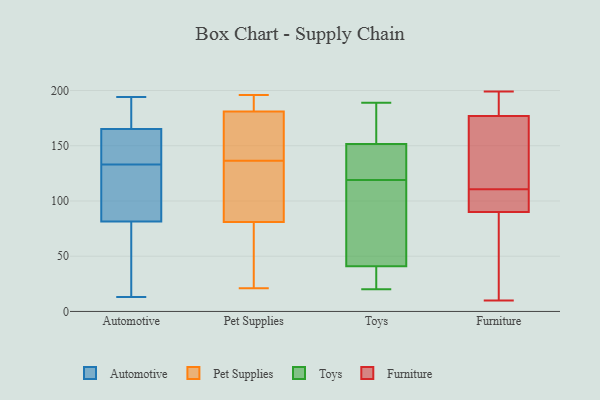
{"axis": {"x": "Production Output", "y": "Value"}, "legend": ["Automotive", "Furniture", "Pet Supplies", "Toys"], "data": [{"x": "", "y": 164, "type": "Automotive"}, {"x": "", "y": 132, "type": "Automotive"}, {"x": "", "y": 169, "type": "Automotive"}, {"x": "", "y": 13, "type": "Automotive"}, {"x": "", "y": 118, "type": "Automotive"}, {"x": "", "y": 138, "type": "Automotive"}, {"x": "", "y": 147, "type": "Automotive"}, {"x": "", "y": 21, "type": "Automotive"}, {"x": "", "y": 96, "type": "Automotive"}, {"x": "", "y": 133, "type": "Automotive"}, {"x": "", "y": 194, "type": "Automotive"}, {"x": "", "y": 190, "type": "Automotive"}, {"x": "", "y": 38, "type": "Automotive"}, {"x": "", "y": 81, "type": "Pet Supplies"}, {"x": "", "y": 114, "type": "Pet Supplies"}, {"x": "", "y": 196, "type": "Pet Supplies"}, {"x": "", "y": 57, "type": "Pet Supplies"}, {"x": "", "y": 21, "type": "Pet Supplies"}, {"x": "", "y": 186, "type": "Pet Supplies"}, {"x": "", "y": 103, "type": "Pet Supplies"}, {"x": "", "y": 138, "type": "Pet Supplies"}, {"x": "", "y": 50, "type": "Pet Supplies"}, {"x": "", "y": 135, "type": "Pet Supplies"}, {"x": "", "y": 187, "type": "Pet Supplies"}, {"x": "", "y": 181, "type": "Pet Supplies"}, {"x": "", "y": 172, "type": "Pet Supplies"}, {"x": "", "y": 155, "type": "Pet Supplies"}, {"x": "", "y": 148, "type": "Toys"}, {"x": "", "y": 164, "type": "Toys"}, {"x": "", "y": 165, "type": "Toys"}, {"x": "", "y": 124, "type": "Toys"}, {"x": "", "y": 48, "type": "Toys"}, {"x": "", "y": 42, "type": "Toys"}, {"x": "", "y": 155, "type": "Toys"}, {"x": "", "y": 40, "type": "Toys"}, {"x": "", "y": 189, "type": "Toys"}, {"x": "", "y": 173, "type": "Toys"}, {"x": "", "y": 98, "type": "Toys"}, {"x": "", "y": 20, "type": "Toys"}, {"x": "", "y": 54, "type": "Toys"}, {"x": "", "y": 36, "type": "Toys"}, {"x": "", "y": 34, "type": "Toys"}, {"x": "", "y": 135, "type": "Toys"}, {"x": "", "y": 119, "type": "Toys"}, {"x": "", "y": 36, "type": "Toys"}, {"x": "", "y": 141, "type": "Toys"}, {"x": "", "y": 119, "type": "Toys"}, {"x": "", "y": 199, "type": "Furniture"}, {"x": "", "y": 68, "type": "Furniture"}, {"x": "", "y": 158, "type": "Furniture"}, {"x": "", "y": 101, "type": "Furniture"}, {"x": "", "y": 195, "type": "Furniture"}, {"x": "", "y": 101, "type": "Furniture"}, {"x": "", "y": 147, "type": "Furniture"}, {"x": "", "y": 16, "type": "Furniture"}, {"x": "", "y": 115, "type": "Furniture"}, {"x": "", "y": 90, "type": "Furniture"}, {"x": "", "y": 10, "type": "Furniture"}, {"x": "", "y": 186, "type": "Furniture"}, {"x": "", "y": 177, "type": "Furniture"}, {"x": "", "y": 106, "type": "Furniture"}]}